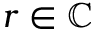
r \in \mathbb { C }